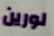
لورين